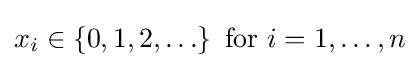
x_{i}\in \left\{0,1,2,\ldots \right\}{\text{ for }}i=1,\dots ,n